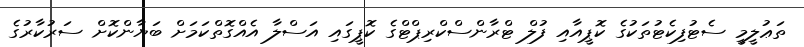
ތަޢުލީމީ ސެޓުފިކެޓުތަކުގެ ކޮޕީއާއި ފުލް ޓްރާންސްކްރިޕްޓްގެ ކޮޕީގައި އަސްލާ އެއްގޮތްކަމަށް ބަޔާންކޮށް ސަރުކާރުގެ